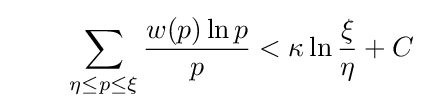
\qquad \sum _{\eta \leq p\leq \xi }{\frac {w(p)\ln p}{p}}<\kappa \ln {\frac {\xi }{\eta }}+C